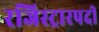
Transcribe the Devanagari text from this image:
रजिस्ट्रारपदी